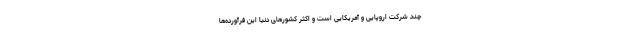
چند شرکت اروپایی و آمریکایی است و اکثر کشورهای دنیا این فرآورده‌ها